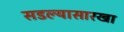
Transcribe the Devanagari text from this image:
सडल्यासारखा